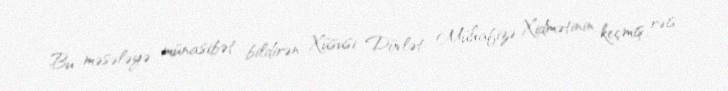
Bu məsələyə münasibət bildirən Xüsusi Dövlət Mühafizə Xidmətinin keçmiş rəis